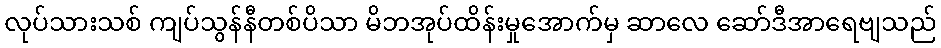
လုပ်သားသစ် ကျပ်သွန်နီတစ်ပိသာ မိဘအုပ်ထိန်းမှုအောက်မှ ဆာလေ ဆော်ဒီအာရေဗျသည်